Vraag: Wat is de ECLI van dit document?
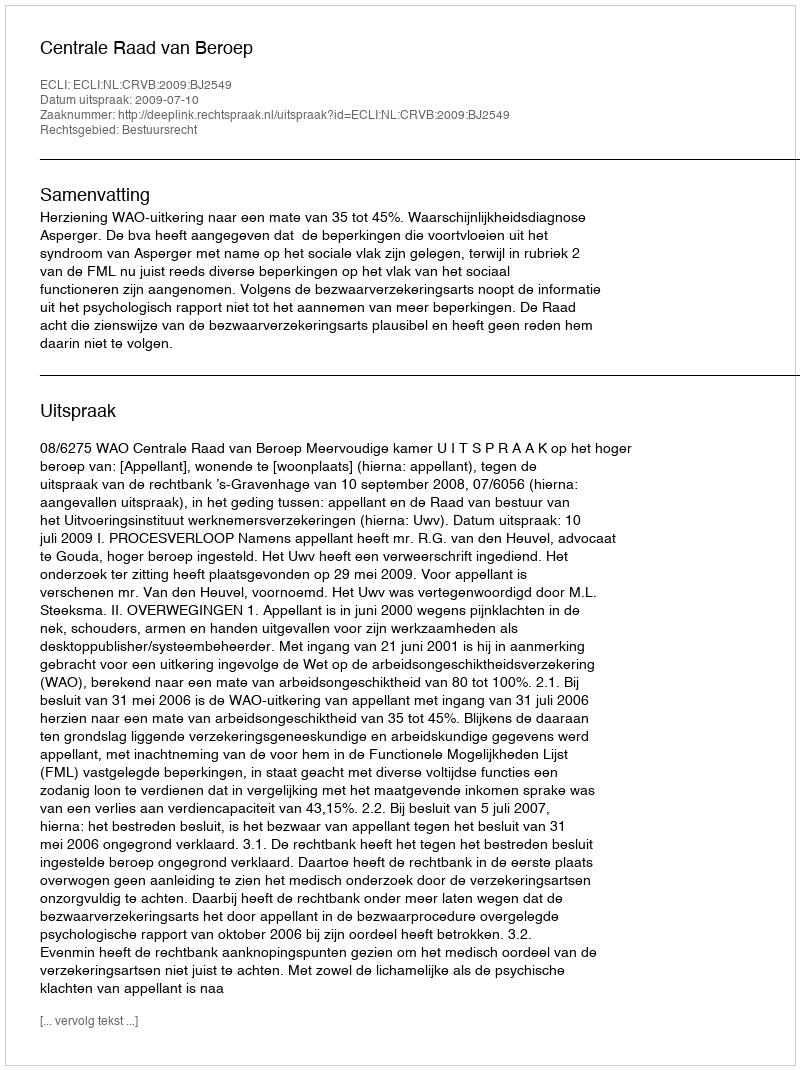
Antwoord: ECLI:NL:CRVB:2009:BJ2549